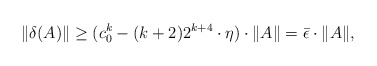
\begin{align*} \|\delta(A)\| \geq (c_0^k - (k+2)2^{k+4}\cdot \eta) \cdot \|A\| = \bar \epsilon \cdot \|A\|,\end{align*}